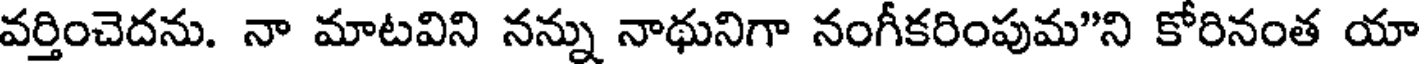
వర్తించెదను. నా మాటవిని నన్ను నాథునిగా నంగీకరింపుమ"ని కోరినంత యా